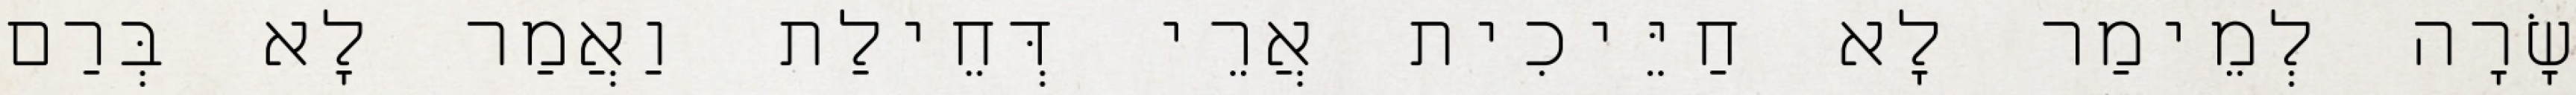
שָׂרָה לְמֵימַר לָא חַיֵּיכִית אֲרֵי דְּחֵילַת וַאֲמַר לָא בְּרַם